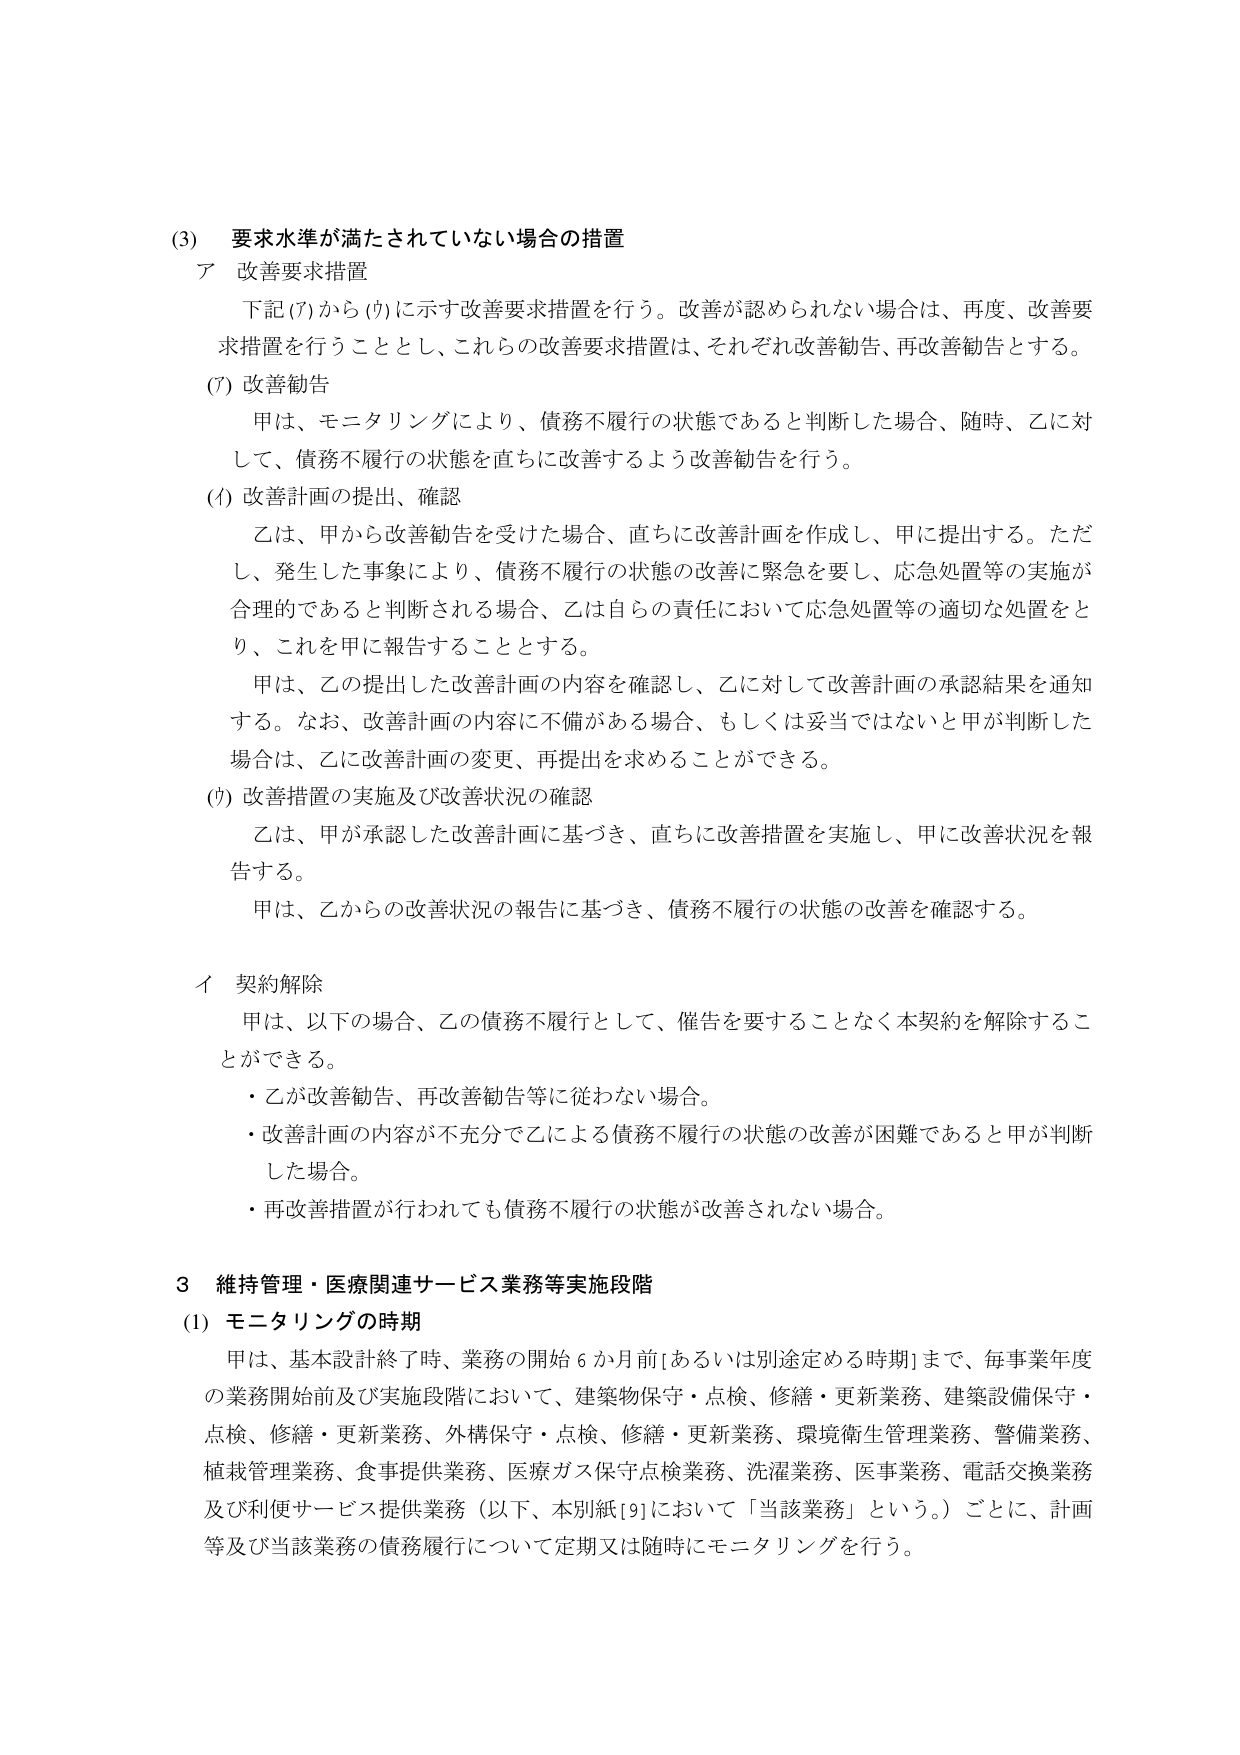
(3) 要求水準が満たされていない場合の措置
ア 改善要求措置
　下記(ｱ)から(ｳ)に示す改善要求措置を行う。改善が認められない場合は、再度、改善要求措置を行うこととし、これらの改善要求措置は、それぞれ改善勧告、再改善勧告とする。
(ｱ) 改善勧告
　甲は、モニタリングにより、債務不履行の状態であると判断した場合、随時、乙に対して、債務不履行の状態を直ちに改善するよう改善勧告を行う。
(ｲ) 改善計画の提出、確認
　乙は、甲から改善勧告を受けた場合、直ちに改善計画を作成し、甲に提出する。ただし、発生した事象により、債務不履行の状態の改善に緊急を要し、応急処置等の実施が合理的であると判断される場合、乙は自らの責任において応急処置等の適切な処置をとり、これを甲に報告することとする。
　甲は、乙の提出した改善計画の内容を確認し、乙に対して改善計画の承認結果を通知する。なお、改善計画の内容に不備がある場合、もしくは妥当ではないと甲が判断した場合は、乙に改善計画の変更、再提出を求めることができる。
(ｳ) 改善措置の実施及び改善状況の確認
　乙は、甲が承認した改善計画に基づき、直ちに改善措置を実施し、甲に改善状況を報告する。
　甲は、乙からの改善状況の報告に基づき、債務不履行の状態の改善を確認する。

イ 契約解除
　甲は、以下の場合、乙の債務不履行として、催告を要することなく本契約を解除することができる。
　・乙が改善勧告、再改善勧告等に従わない場合。
　・改善計画の内容が不充分で乙による債務不履行の状態の改善が困難であると甲が判断した場合。
　・再改善措置が行われても債務不履行の状態が改善されない場合。

3 維持管理・医療関連サービス業務等実施段階
(1) モニタリングの時期
　甲は、基本設計終了時、業務の開始6か月前[あるいは別途定める時期]まで、毎事業年度の業務開始前及び実施段階において、建築物保守・点検、修繕・更新業務、建築設備保守・点検、修繕・更新業務、外構保守・点検、修繕・更新業務、環境衛生管理業務、警備業務、植栽管理業務、食事提供業務、医療ガス保守点検業務、洗濯業務、医事業務、電話交換業務及び利便サービス提供業務（以下、本別紙[9]において「当該業務」という。）ごとに、計画等及び当該業務の債務履行について定期又は随時にモニタリングを行う。